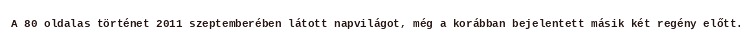
A 80 oldalas történet 2011 szeptemberében látott napvilágot, még a korábban bejelentett másik két regény előtt.